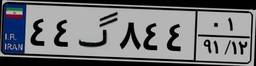
۴۴گ۸۴۴۰۱